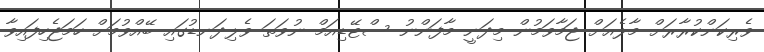
ވެރިކަންކުރާރަށް މާލެއަށް ޖަމާވަމުން މިދަނީ މާފަންނު ސްޓޭޑިއަމް ނުވަތަ ވެލިދަނޑުގައި ބޭއްވުމަށް ހަމަޖެހިފައިވާ